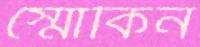
স্মোকিন